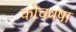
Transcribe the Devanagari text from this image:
कोचवषा